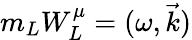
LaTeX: m_{L}W_{L}^{\mu}=(\omega,\vec{k})